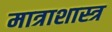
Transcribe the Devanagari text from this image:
मात्राशास्त्र